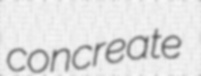
concreate